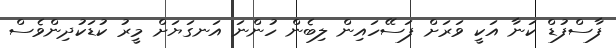
ފާސްފުޑް ކަނާ އަކީ ވަރަށް ފަސޭހައިން ލިބެން ހުންނަ އަނގަޔަށް މީރު ކުޑަކުދިންވެސް